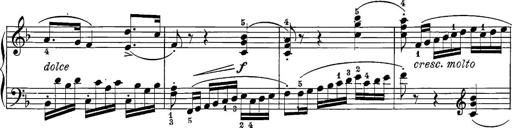
Title: 12 Sonatine per Pianoforte
Composer: Friedrich Kuhlau